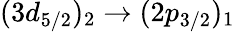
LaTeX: (3d_{5/2})_{2}\rightarrow(2p_{3/2})_{1}